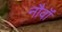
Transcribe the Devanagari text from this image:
नौवॉं